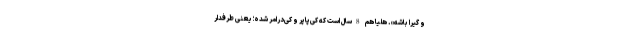
و گیرا باشه». هلیا هم 8سال است که کی‌پاپر و کی‌درامر شده؛ یعنی طرفدار